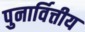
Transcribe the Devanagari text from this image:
पुनार्वित्तीय